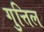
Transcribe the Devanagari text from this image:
गुत्तिल